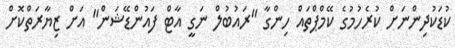
ކުޑަކުދިންނަށް ކުރެހުމުގެ ކޭމްޕްތައް ހިންގާ "ރައުބުލް ނަގީ އާޓް ފައުންޑޭޝަން" އަށް ޒިޔާރަތްކޮށް